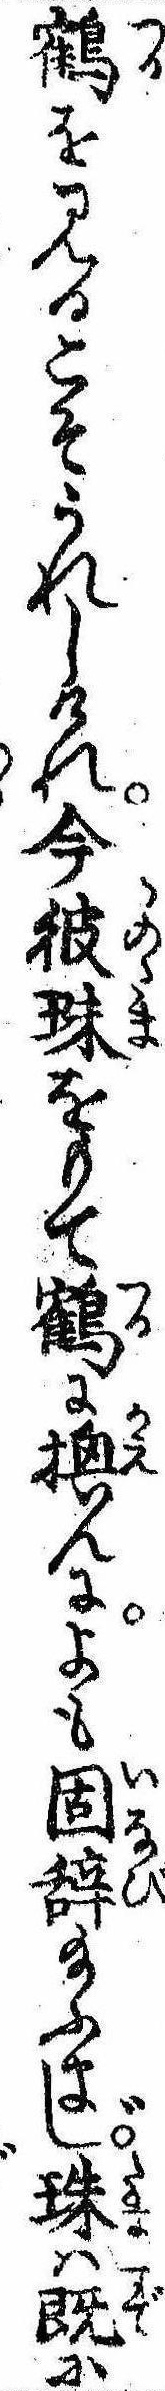
鶴を見るこそうれしけれ今彼珠をもて鶴に換んによも固辞給ふまじ珠は既に